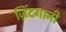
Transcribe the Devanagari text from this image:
ज़िंदगानी